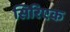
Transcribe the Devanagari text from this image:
सिरिएक